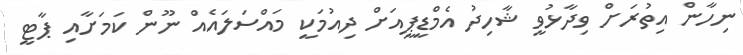
ނިހާން އިތުރަށް ވިދާޅުވީ ޝާހިދު އެމްޑީޕީއަށް ދިއުމަކީ މައްސަލައެއް ނޫން ކަމަށާއި ޕާޓީ